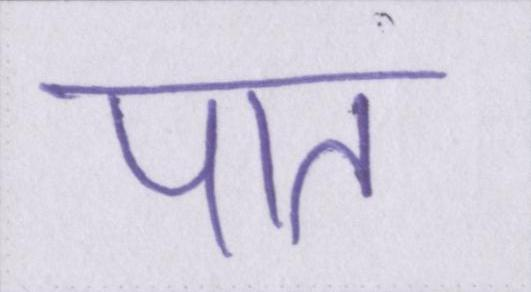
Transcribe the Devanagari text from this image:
पांत